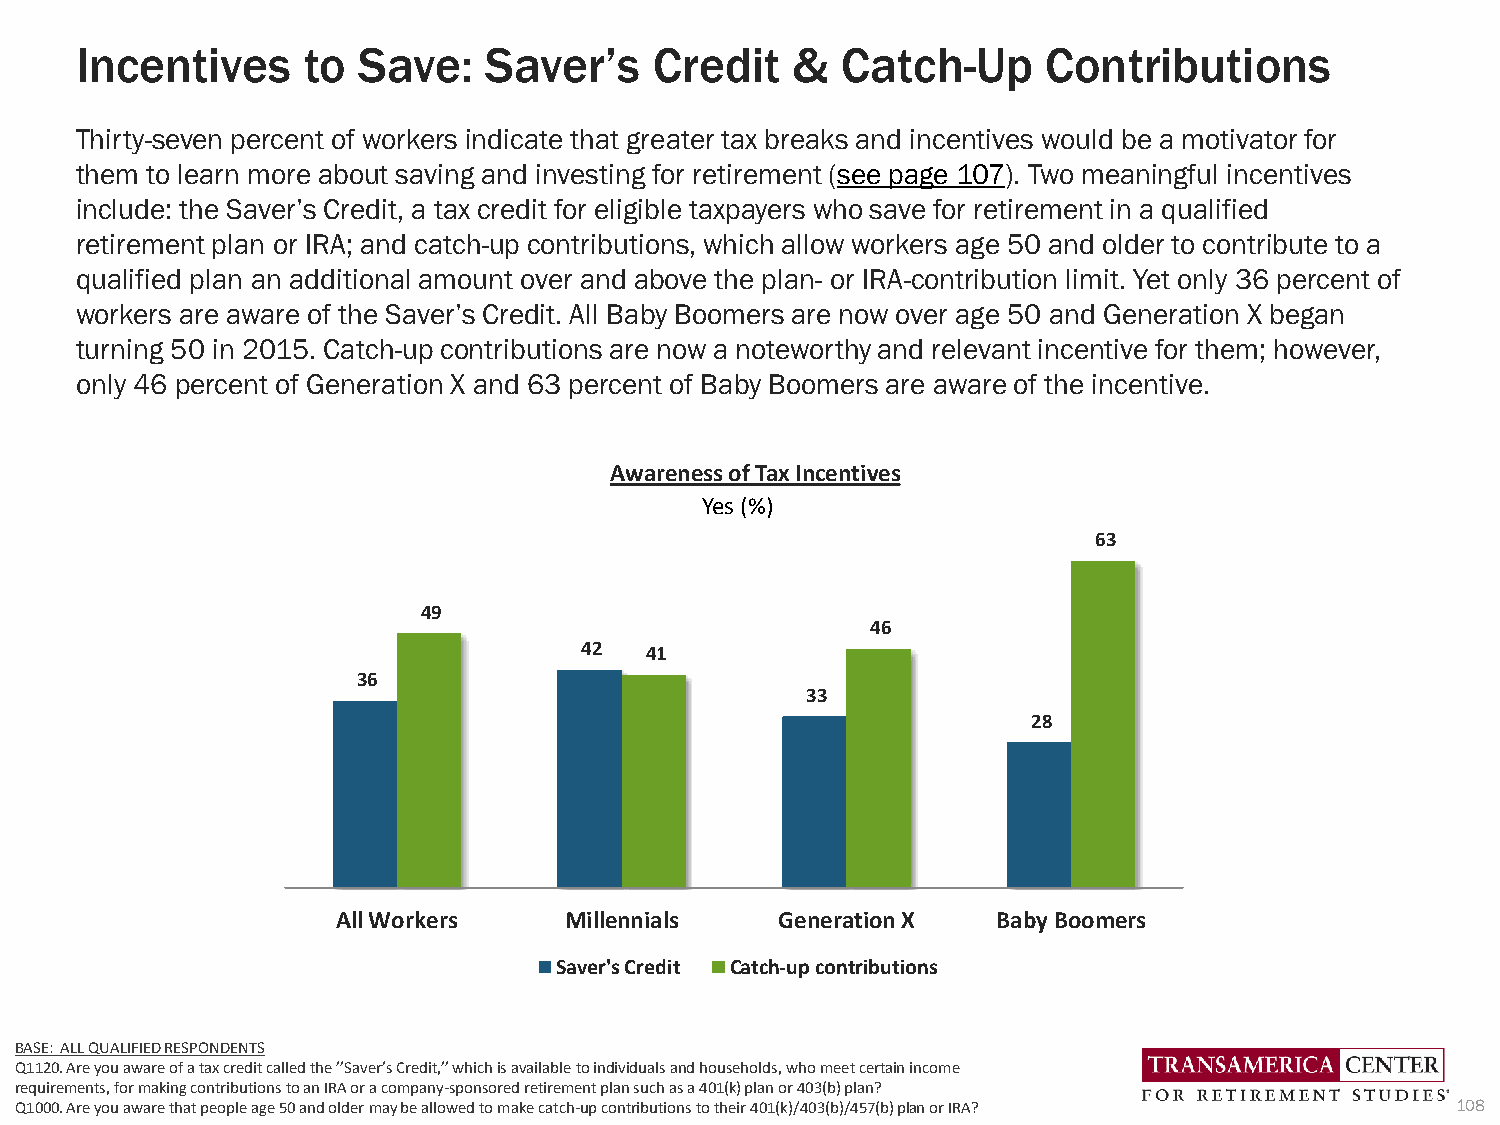
Incentives     to  Save:   Saver’s    Credit   &   Catch-Up     Contributions
 Thirty-seven percent of workers indicate that greater tax breaks and incentives would be a motivator for
 them to learn more about saving and investing for retirement (see page 107). Two meaningful incentives
 include: the Saver’s Credit, a tax credit for eligible taxpayers who save for retirement in a qualified
 retirement plan or IRA; and catch-up contributions, which allow workers age 50 and older to contribute to a
 qualified plan an additional amount over and above the plan- or IRA-contribution limit. Yet only 36 percent of
 workers are aware of the Saver’s Credit. All Baby Boomers are now over age 50 and Generation X began
 turning 50 in 2015. Catch-up contributions are now a noteworthy and relevant incentive for them; however,
 only 46 percent of Generation X and 63 percent of Baby Boomers are aware of the incentive.
 Awareness of Tax Incentives
 Yes (%)
 63
 49
 46
 42   41
 36
 33
 28
 All Workers    Millennials    Generation X  Baby Boomers
 Saver's Credit Catch-up contributions
 BASE: ALL QUALIFIED RESPONDENTS
 Q1120. Are you aware of a tax credit called the ’’Saver’s Credit,’’ which is available to individuals and households, who meet certain income
 requirements, for making contributions to an IRA or a company-sponsored retirement plan such as a 401(k) plan or 403(b) plan?
 Q1000. Are you aware that people age 50 and older may be allowed to make catch-up contributions to their 401(k)/403(b)/457(b) plan or IRA? 108